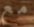
مع